Vaike-Kullamaa_(Vaikna)_vallavalitsus, lk 41
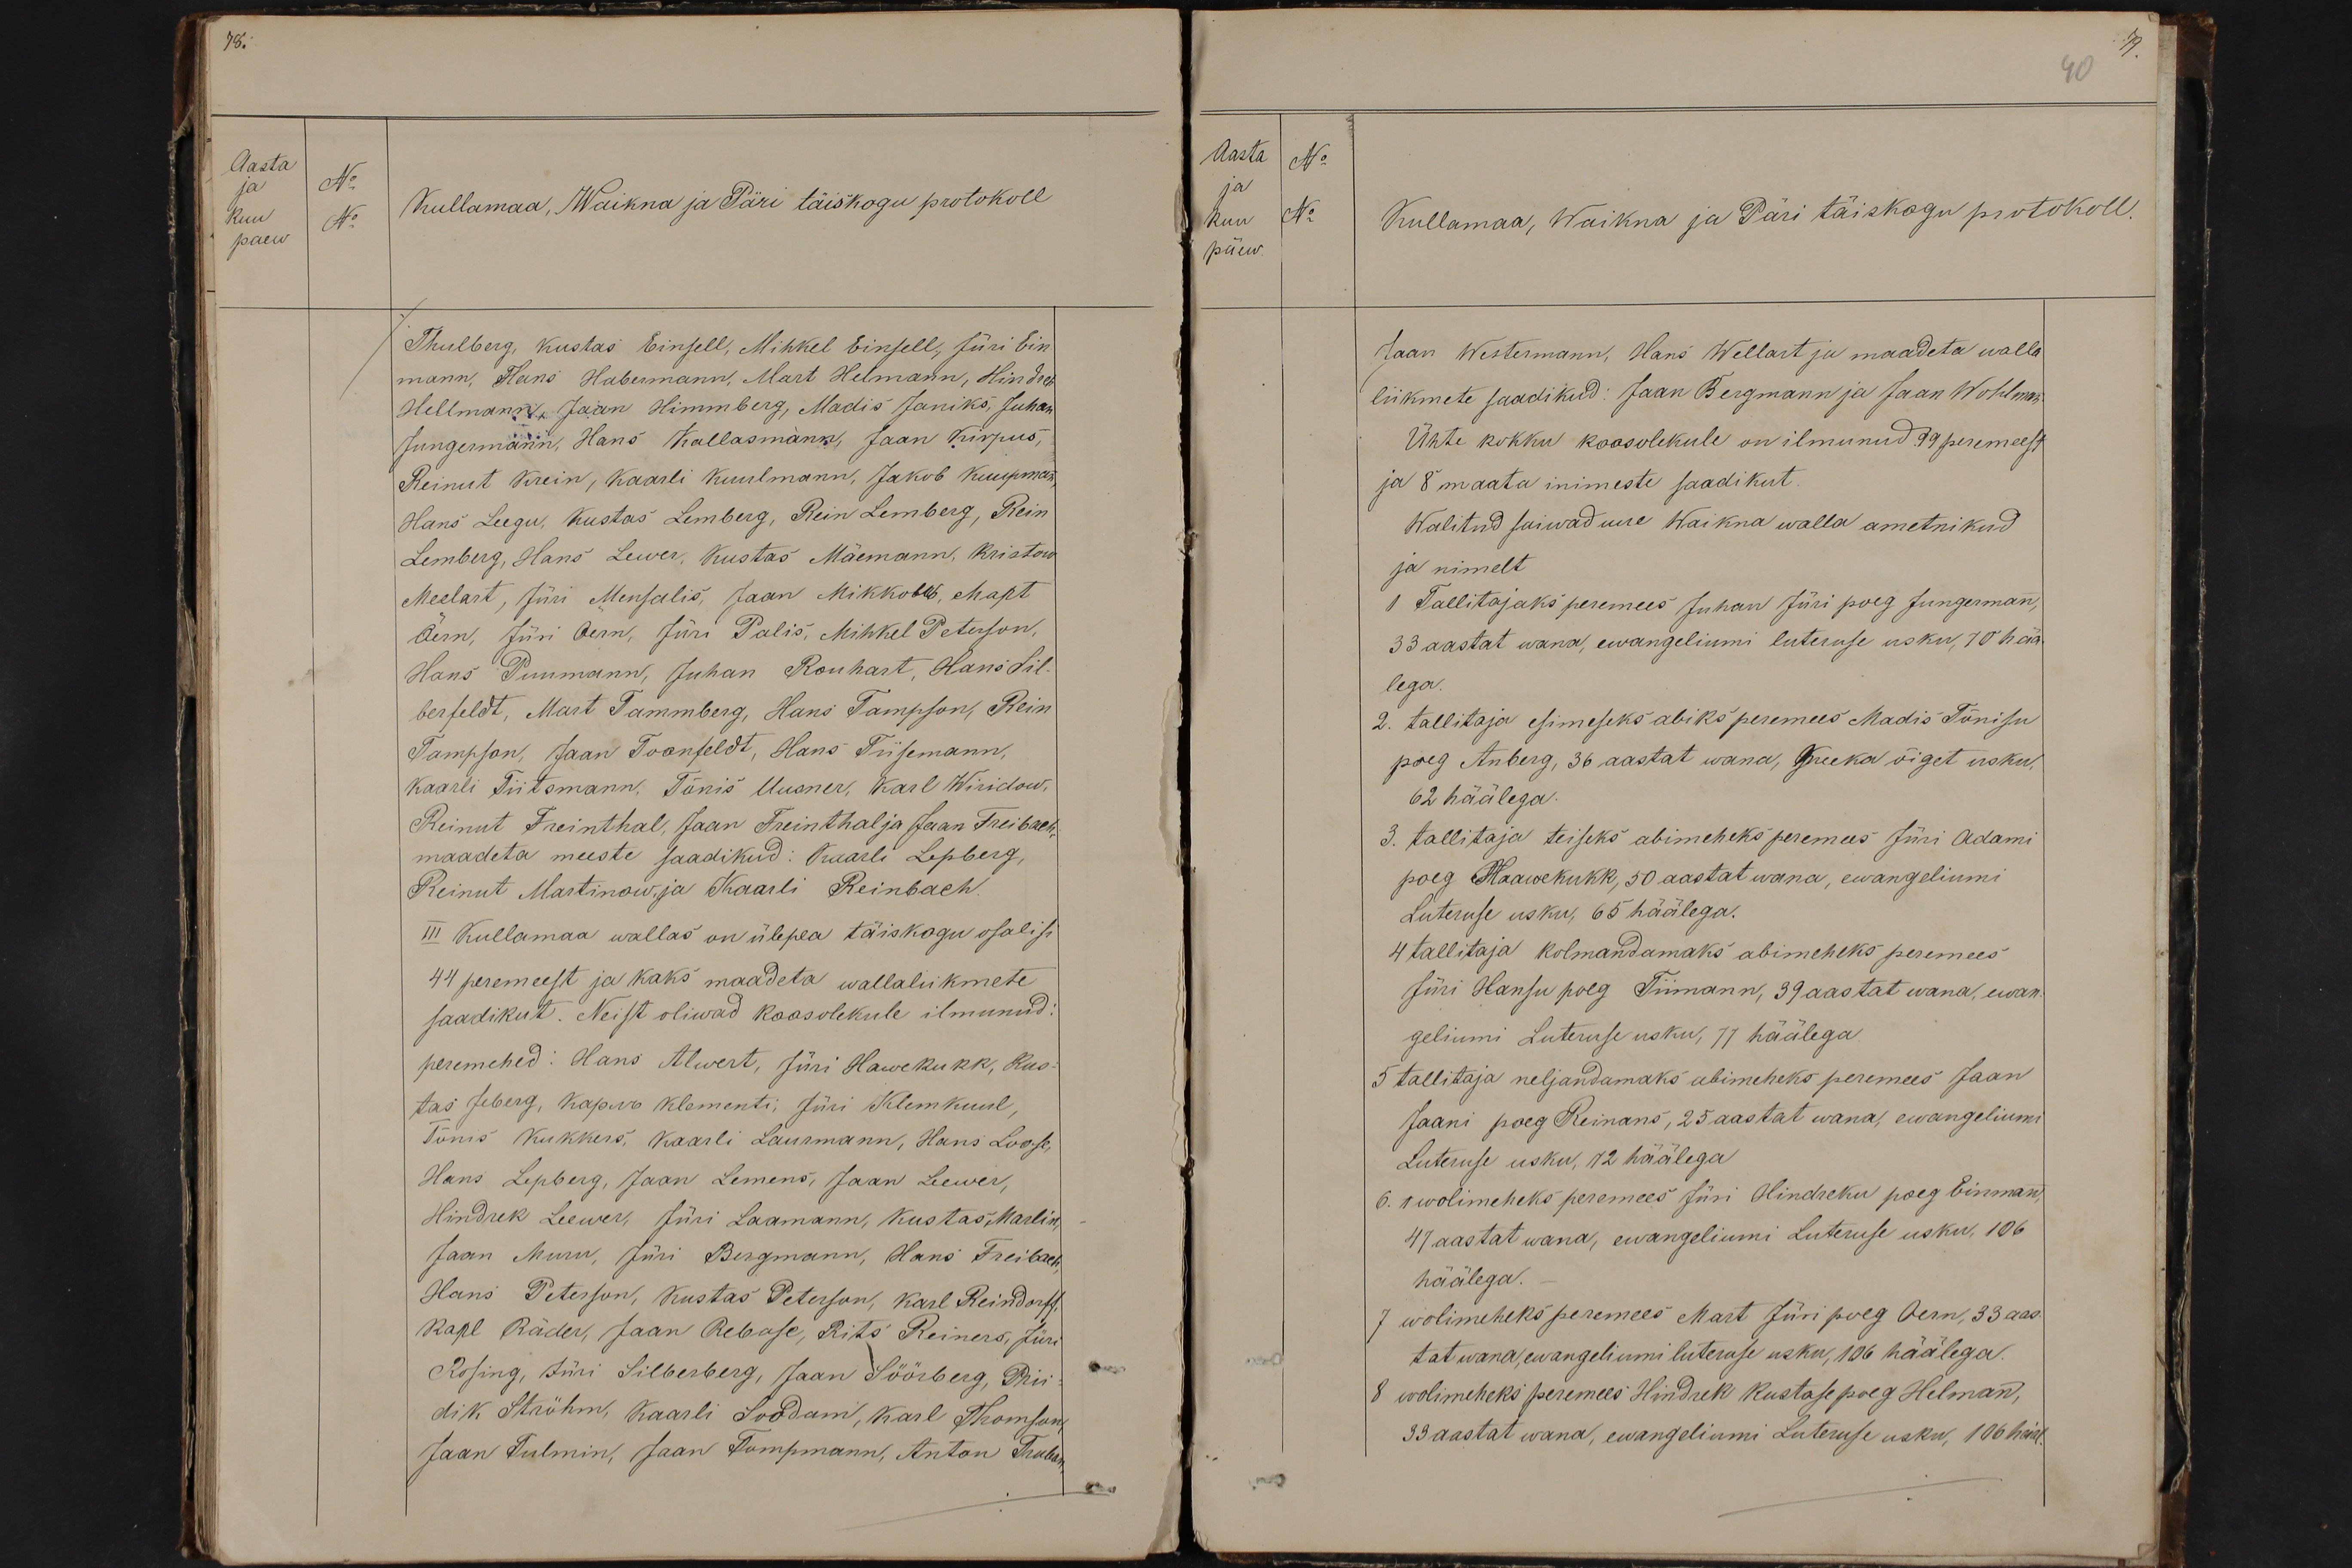
Aasta
No
ja
kuu
No
päew

Kullamaa, Waikna ja Päri täiskogu protokoll
Thulberg, Kustas Einsell, Mihkel Einsell, Jüri Ein-
mann, Hans Habermann, Mart Helmann, Hindrek
Hellmann, Jaan Himmberg, Madis Janiks, Juhan
Jungermann, Hans Kallasmann, Jaan Kirpus,
Reinut Krein, Kaarli Kuulmann, Jakob Kuupman
Hans Leegu, Kustas Lemberg, Rein Lemberg, Rein
Lemberg, Hans Lewer, Kustas Mäemann, Kristow
Meelart, Jüri Mensalis, Jaan Mikkober, Mart
Öern, Jüri Öern, Jüri Palis, Mihkel Peterson,
Hans Puumann, Juhan Ronhard, Hans Sil-
berfeldt, Mart Tammberg, Hans Tampson, Rein
Tampson, Jaan Toonfeldt, Hans Tiisemann,
Kaarli Tiitsmann, Tõnis Uusner, Karl Wiridow,
Reinut Freinthal, Jaan Freinthal ja Jaan Freibach.
maadeta meeste saadikud: Kaarli Lepberg
Reinut Martinow. ja Kaarli Reinbach.
III Kullamaa wallas on ülepea täiskogu osalisi
44 peremeest ja kaks maadeta wallaliikmete
saadikut. Neist oliwad kaasolekule ilmunud
peremehed: Hans Alwert, Jüri Hawekukk, Kus-
tas Jeberg, Karl Klementi, Jüri Klemkuul,
Tõnis Kukkers, Kaarli Laurmann, Hans Loose,
Hans Lepberg, Jaan Lemens, Jaan Leewer,
Hindrik Leewer, Jüri Laamann, Kustas Marlin
Jaan Muru, Jüri Bergmann, Hans Freibach
Hans Peterson, Kustas Peterson, Karl Reindorff
Karl Räder, Jaan Rebase, Rits Reiners, Jüri
Rosing, Jüri Silberberg, Jaan Söörberg, Prii-
dik Ströhm, Kaarli Soodam, Karl Thomson
Jaan Tulmin, Jaan Tompmann, Anton Truban

Aasta
No
kuu
No
ja
Kullamaa, waikna ja Päri täiskogu protokoll.
päew.
Jaan Westermann, Hans Wellast ja maadeta walla
liikmete saadikud: Jaan Bergmann ja Jaan Wohlman
Ühte kokku koosolekule on ilmunud 99 peremeest
ja 8 maata inimeste saadikut.
Walitud saiwad uue waikna walla ametnikud
ja nimelt
1 Tallitajaks peremees Juhan Jüri poeg Jungerman,
33 aastat wana, ewangeliumi luteruse usku, 70 hää-
lega.
2. tallitaja esimeseks abiks peremees Madis Tõnisu
poeg Anberg, 36 aastat wana, Kreeka õiget usku.
62 häälega.
3. tallitaja teiseks abimeheks peremees Jüri Adami
poeg Haawekukk, 50 aastat wana, ewangeliumi
Luteruse usku, 65 häälega.
4 tallitaja kolmandamaks abimeheks peremees
Jüri Hansu poeg Tiimann, 39 aastat wana, ewan-
geliumi Luteruse usku, 77 häälega
5 tallitaja neljandamaks abimeheks peremees Jaan
Jaani poeg Reinans, 25 aastat wana, ewangeliumi
Luteruse usku, 72 häälega
6. 1 wolimeheks peremees Jüri Hindreku poeg Einman,
47 aastat wana, ewangeliumi Luteruse usku, 106
häälega.
7 wolimeheks peremees Mart Jüri poeg Oern, 33 aas-
tat wana, ewangeliumi luteruse usku,106 häälega.
8 wolimeheks peremees Hindrek kustase poeg Helmann,
33 aastat wana, ewangeliumi Luteruse usku, 106 hääl-